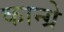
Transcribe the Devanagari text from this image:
कान्ग्रे